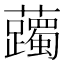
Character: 䕽